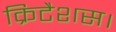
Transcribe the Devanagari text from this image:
क्रिटैशस।